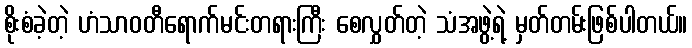
စိုးစံခဲ့တဲ့ ဟံသာဝတီရောက်မင်းတရားကြီး စေလွှတ်တဲ့ သံအဖွဲ့ရဲ့ မှတ်တမ်းဖြစ်ပါတယ်။